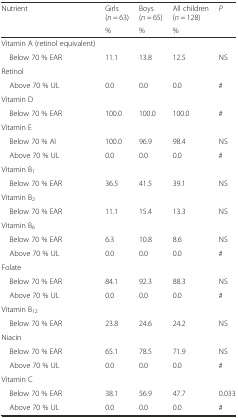
| <ROWSPAN=2> Nutrient | Girls (n = 63) | Boys (n = 65) | All children (n = 128) | <ROWSPAN=2> P |
 | % | % | % |
 | --- | --- | --- | --- | --- |
 | Vitamin A (retinol equivalent) |  |  |  |  |
 | Below 70 % EAR | 11.1 | 13.8 | 12.5 | NS |
 | Retinol |  |  |  |  |
 | Above 70 % UL | 0.0 | 0.0 | 0.0 | # |
 | Vitamin D |  |  |  |  |
 | Below 70 % EAR | 100.0 | 100.0 | 100.0 | # |
 | Vitamin E |  |  |  |  |
 | Below 70 % AI | 100.0 | 96.9 | 98.4 | NS |
 | Above 70 % UL | 0.0 | 0.0 | 0.0 | # |
 | Vitamin B1 |  |  |  |  |
 | Below 70 % EAR | 36.5 | 41.5 | 39.1 | NS |
 | Vitamin B2 |  |  |  |  |
 | Below 70 % EAR | 11.1 | 15.4 | 13.3 | NS |
 | Vitamin B6 |  |  |  |  |
 | Below 70 % EAR | 6.3 | 10.8 | 8.6 | NS |
 | Above 70 % UL | 0.0 | 0.0 | 0.0 | # |
 | Folate |  |  |  |  |
 | Below 70 % EAR | 84.1 | 92.3 | 88.3 | NS |
 | Above 70 % UL | 0.0 | 0.0 | 0.0 | # |
 | Vitamin B12 |  |  |  |  |
 | Below 70 % EAR | 23.8 | 24.6 | 24.2 | NS |
 | Niacin |  |  |  |  |
 | Below 70 % EAR | 65.1 | 78.5 | 71.9 | NS |
 | Above 70 % UL | 0.0 | 0.0 | 0.0 | # |
 | Vitamin C |  |  |  |  |
 | Below 70 % EAR | 38.1 | 56.9 | 47.7 | 0.033 |
 | Above 70 % UL | 0.0 | 0.0 | 0.0 | # |